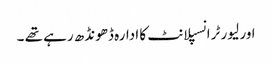
اور لیور ٹرانسپلانٹ کا ادارہ ڈھونڈھ رہے تھے ۔